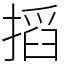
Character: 搯